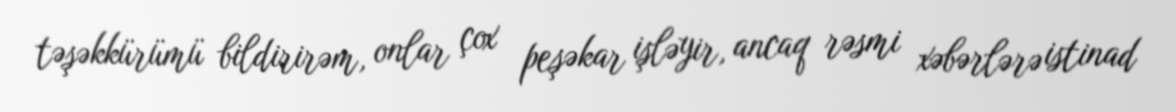
təşəkkürümü bildirirəm, onlar çox peşəkar işləyir, ancaq rəsmi xəbərlərə istinad